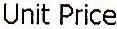
UNIT PRICE